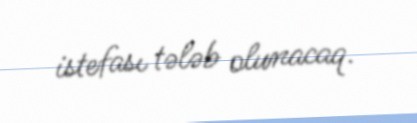
istefası tələb olunacaq.